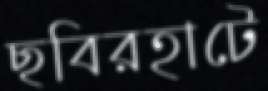
ছবিরহাটে